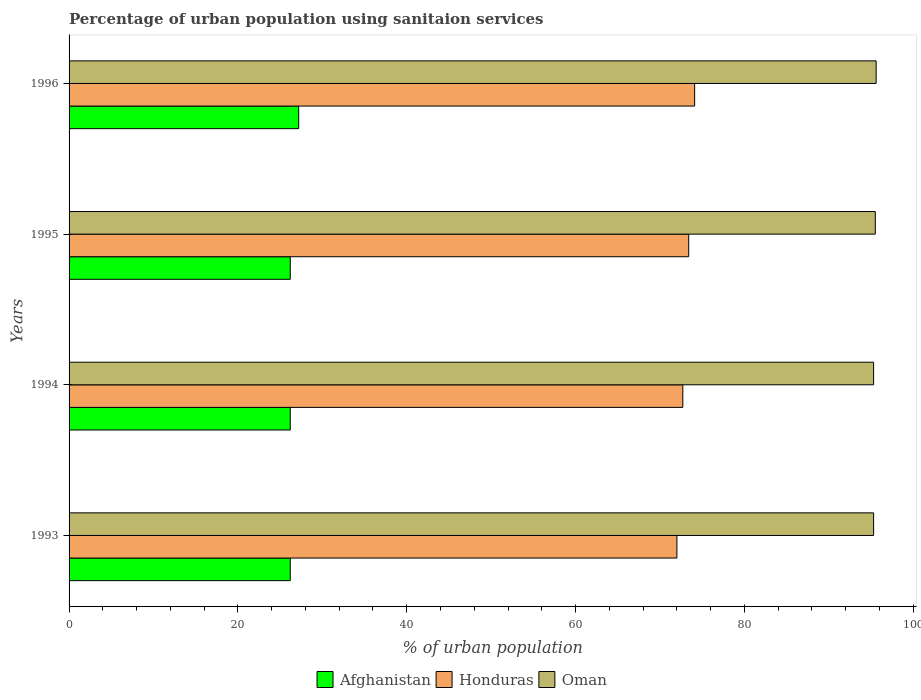
| Years | Afghanistan | Honduras | Oman |
 | --- | --- | --- | --- |
 | 1993 | 26.2 | 72 | 95.3 |
 | 1994 | 26.2 | 72.7 | 95.3 |
 | 1995 | 26.2 | 73.4 | 95.5 |
 | 1996 | 27.2 | 74.1 | 95.6 |